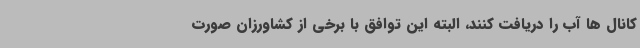
کانال ها آب را دریافت کنند، البته این توافق با برخی از کشاورزان صورت